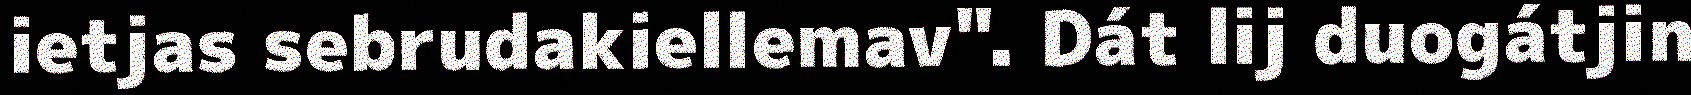
ietjas sebrudakiellemav". Dát lij duogátjin